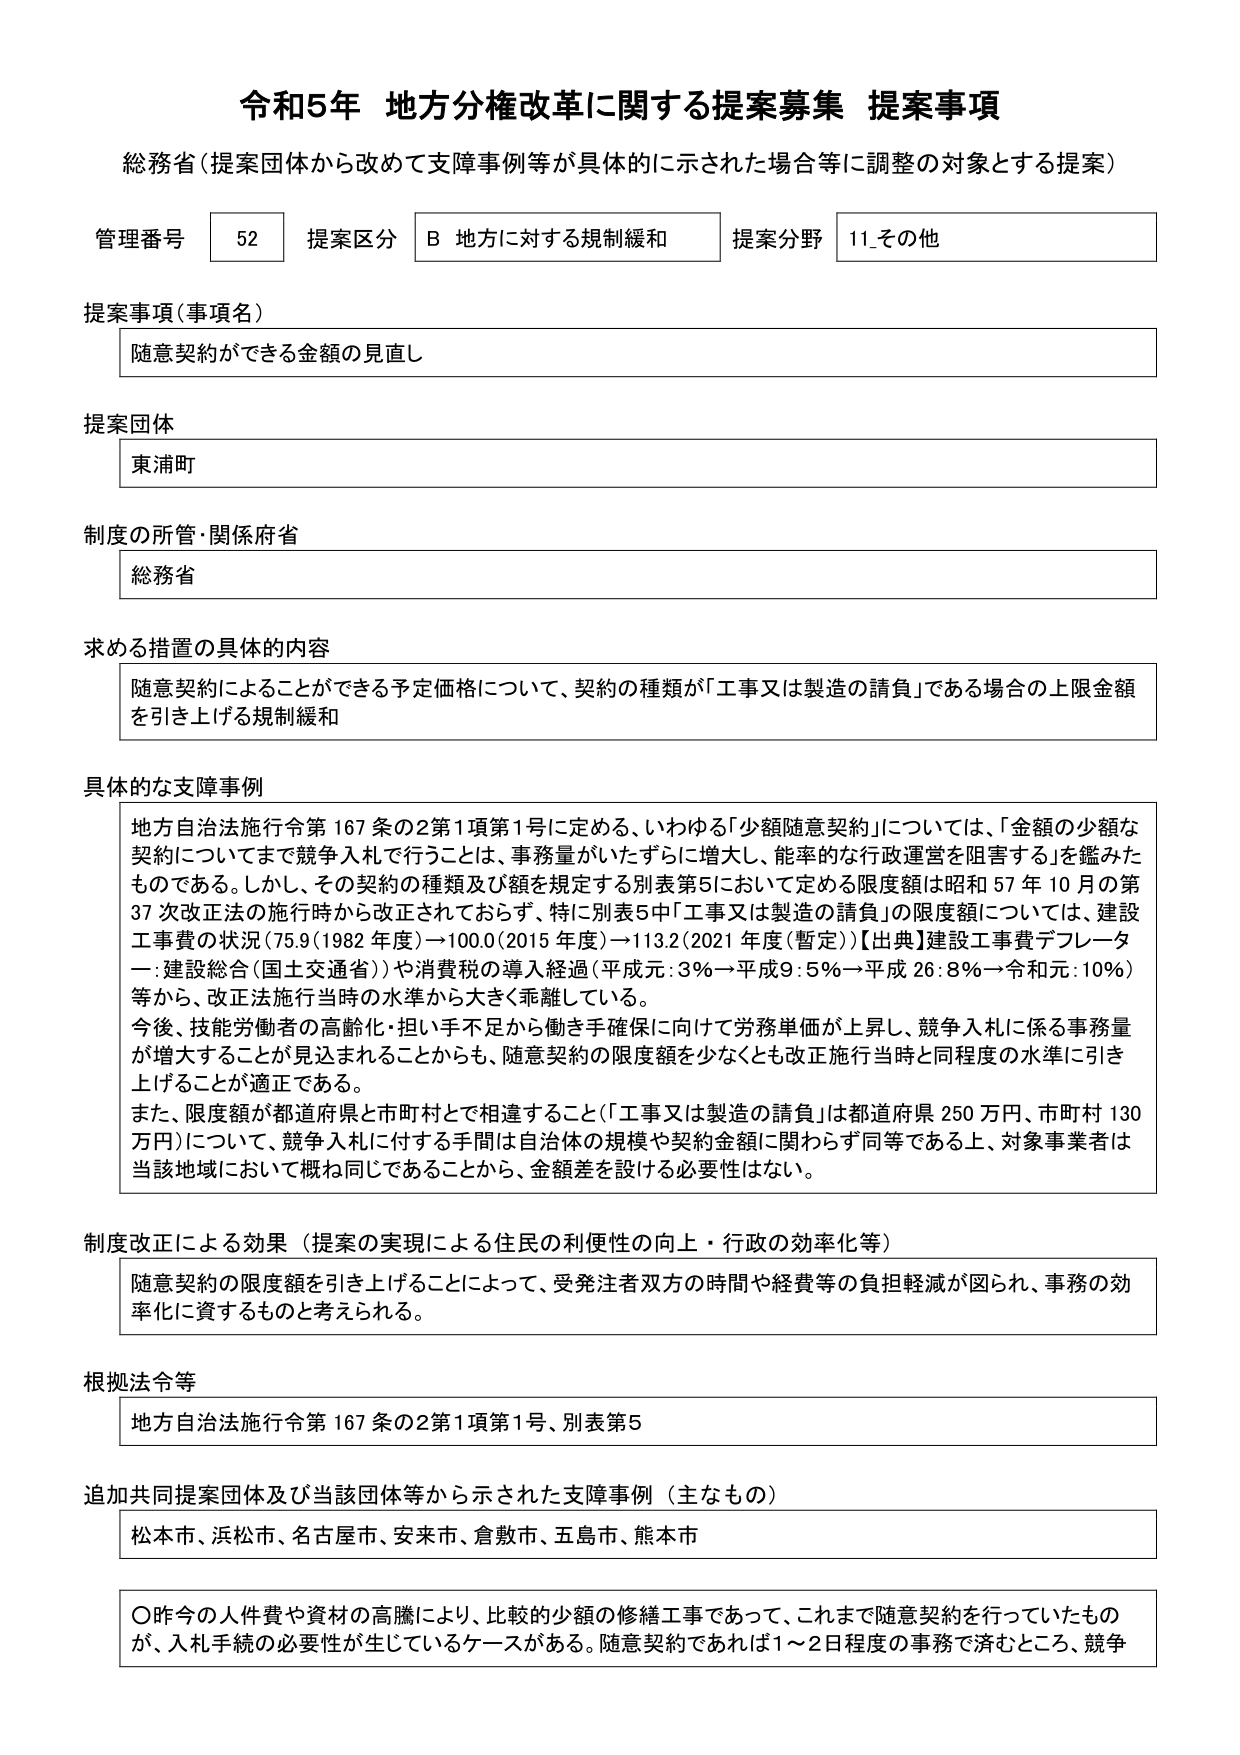
令和5年 地方分権改革に関する提案募集 提案事項
総務省（提案団体から改めて支障事例等が具体的に示された場合等に調整の対象とする提案）

管理番号 52 提案区分 B 地方に対する規制緩和 提案分野 11_その他

提案事項（事項名）
随意契約ができる金額の見直し

提案団体
東浦町

制度の所管・関係府省
総務省

求める措置の具体的内容
随意契約によることができる予定価格について、契約の種類が「工事又は製造の請負」である場合の上限金額を引き上げる規制緩和

具体的な支障事例
地方自治法施行令第167条の2第1項第1号に定める、いわゆる「少額随意契約」については、「金額の少額な契約についてまで競争入札で行うことは、事務量がいたずらに増大し、能率的な行政運営を阻害する」を鑑みたものである。しかし、その契約の種類及び額を規定する別表第5において定める限度額は昭和57年10月の第37次改正法の施行時から改正されておらず、特に別表5中「工事又は製造の請負」の限度額については、建設工事費の状況（75.9（1982年度）→100.0（2015年度）→113.2（2021年度（暫定））【出典】建設工事費デフレーター：建設総合（国土交通省））や消費税の導入経過（平成元：3％→平成9：5％→平成26：8％→令和元：10％）等から、改正法施行当時の水準から大きく乖離している。
今後、技能労働者の高齢化・担い手不足から働き手確保に向けて労務単価が上昇し、競争入札に係る事務量が増大することが見込まれることからも、随意契約の限度額を少なくとも改正施行当時と同程度の水準に引き上げることが適正である。
また、限度額が都道府県と市町村とで相違すること（「工事又は製造の請負」は都道府県250万円、市町村130万円）について、競争入札に付する手間は自治体の規模や契約金額に関わらず同等である上、対象事業者は当該地域において概ね同じであることから、金額差を設ける必要性はない。

制度改正による効果（提案の実現による住民の利便性の向上・行政の効率化等）
随意契約の限度額を引き上げることによって、受発注者双方の時間や経費等の負担軽減が図られ、事務の効率化に資するものと考えられる。

根拠法令等
地方自治法施行令第167条の2第1項第1号、別表第5

追加共同提案団体及び当該団体等から示された支障事例（主なもの）
松本市、浜松市、名古屋市、安来市、倉敷市、五島市、熊本市

〇昨今の人件費や資材の高騰により、比較的少額の修繕工事であって、これまで随意契約を行っていたものが、入札手続の必要性が生じているケースがある。随意契約であれば1～2日程度の事務で済むところ、競争